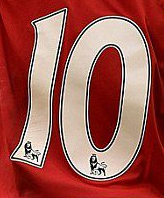
10